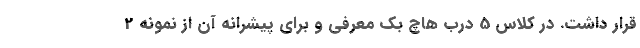
قرار داشت. در کلاس 5 درب هاچ بک معرفی و برای پیشرانه آن از نمونه 2